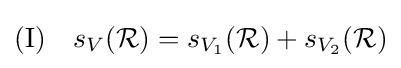
{\text{(I)}}\quad s_{V}({\mathcal {R}})=s_{V_{1}}({\mathcal {R}})+s_{V_{2}}({\mathcal {R}})